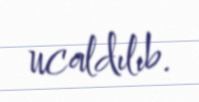
ucaldılıb.